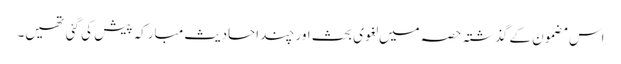
اس مضمون کے گذشتہ حصہ میں لغوی بحث اور چند احادیث مبارکہ پیش کی گئی تھیں۔